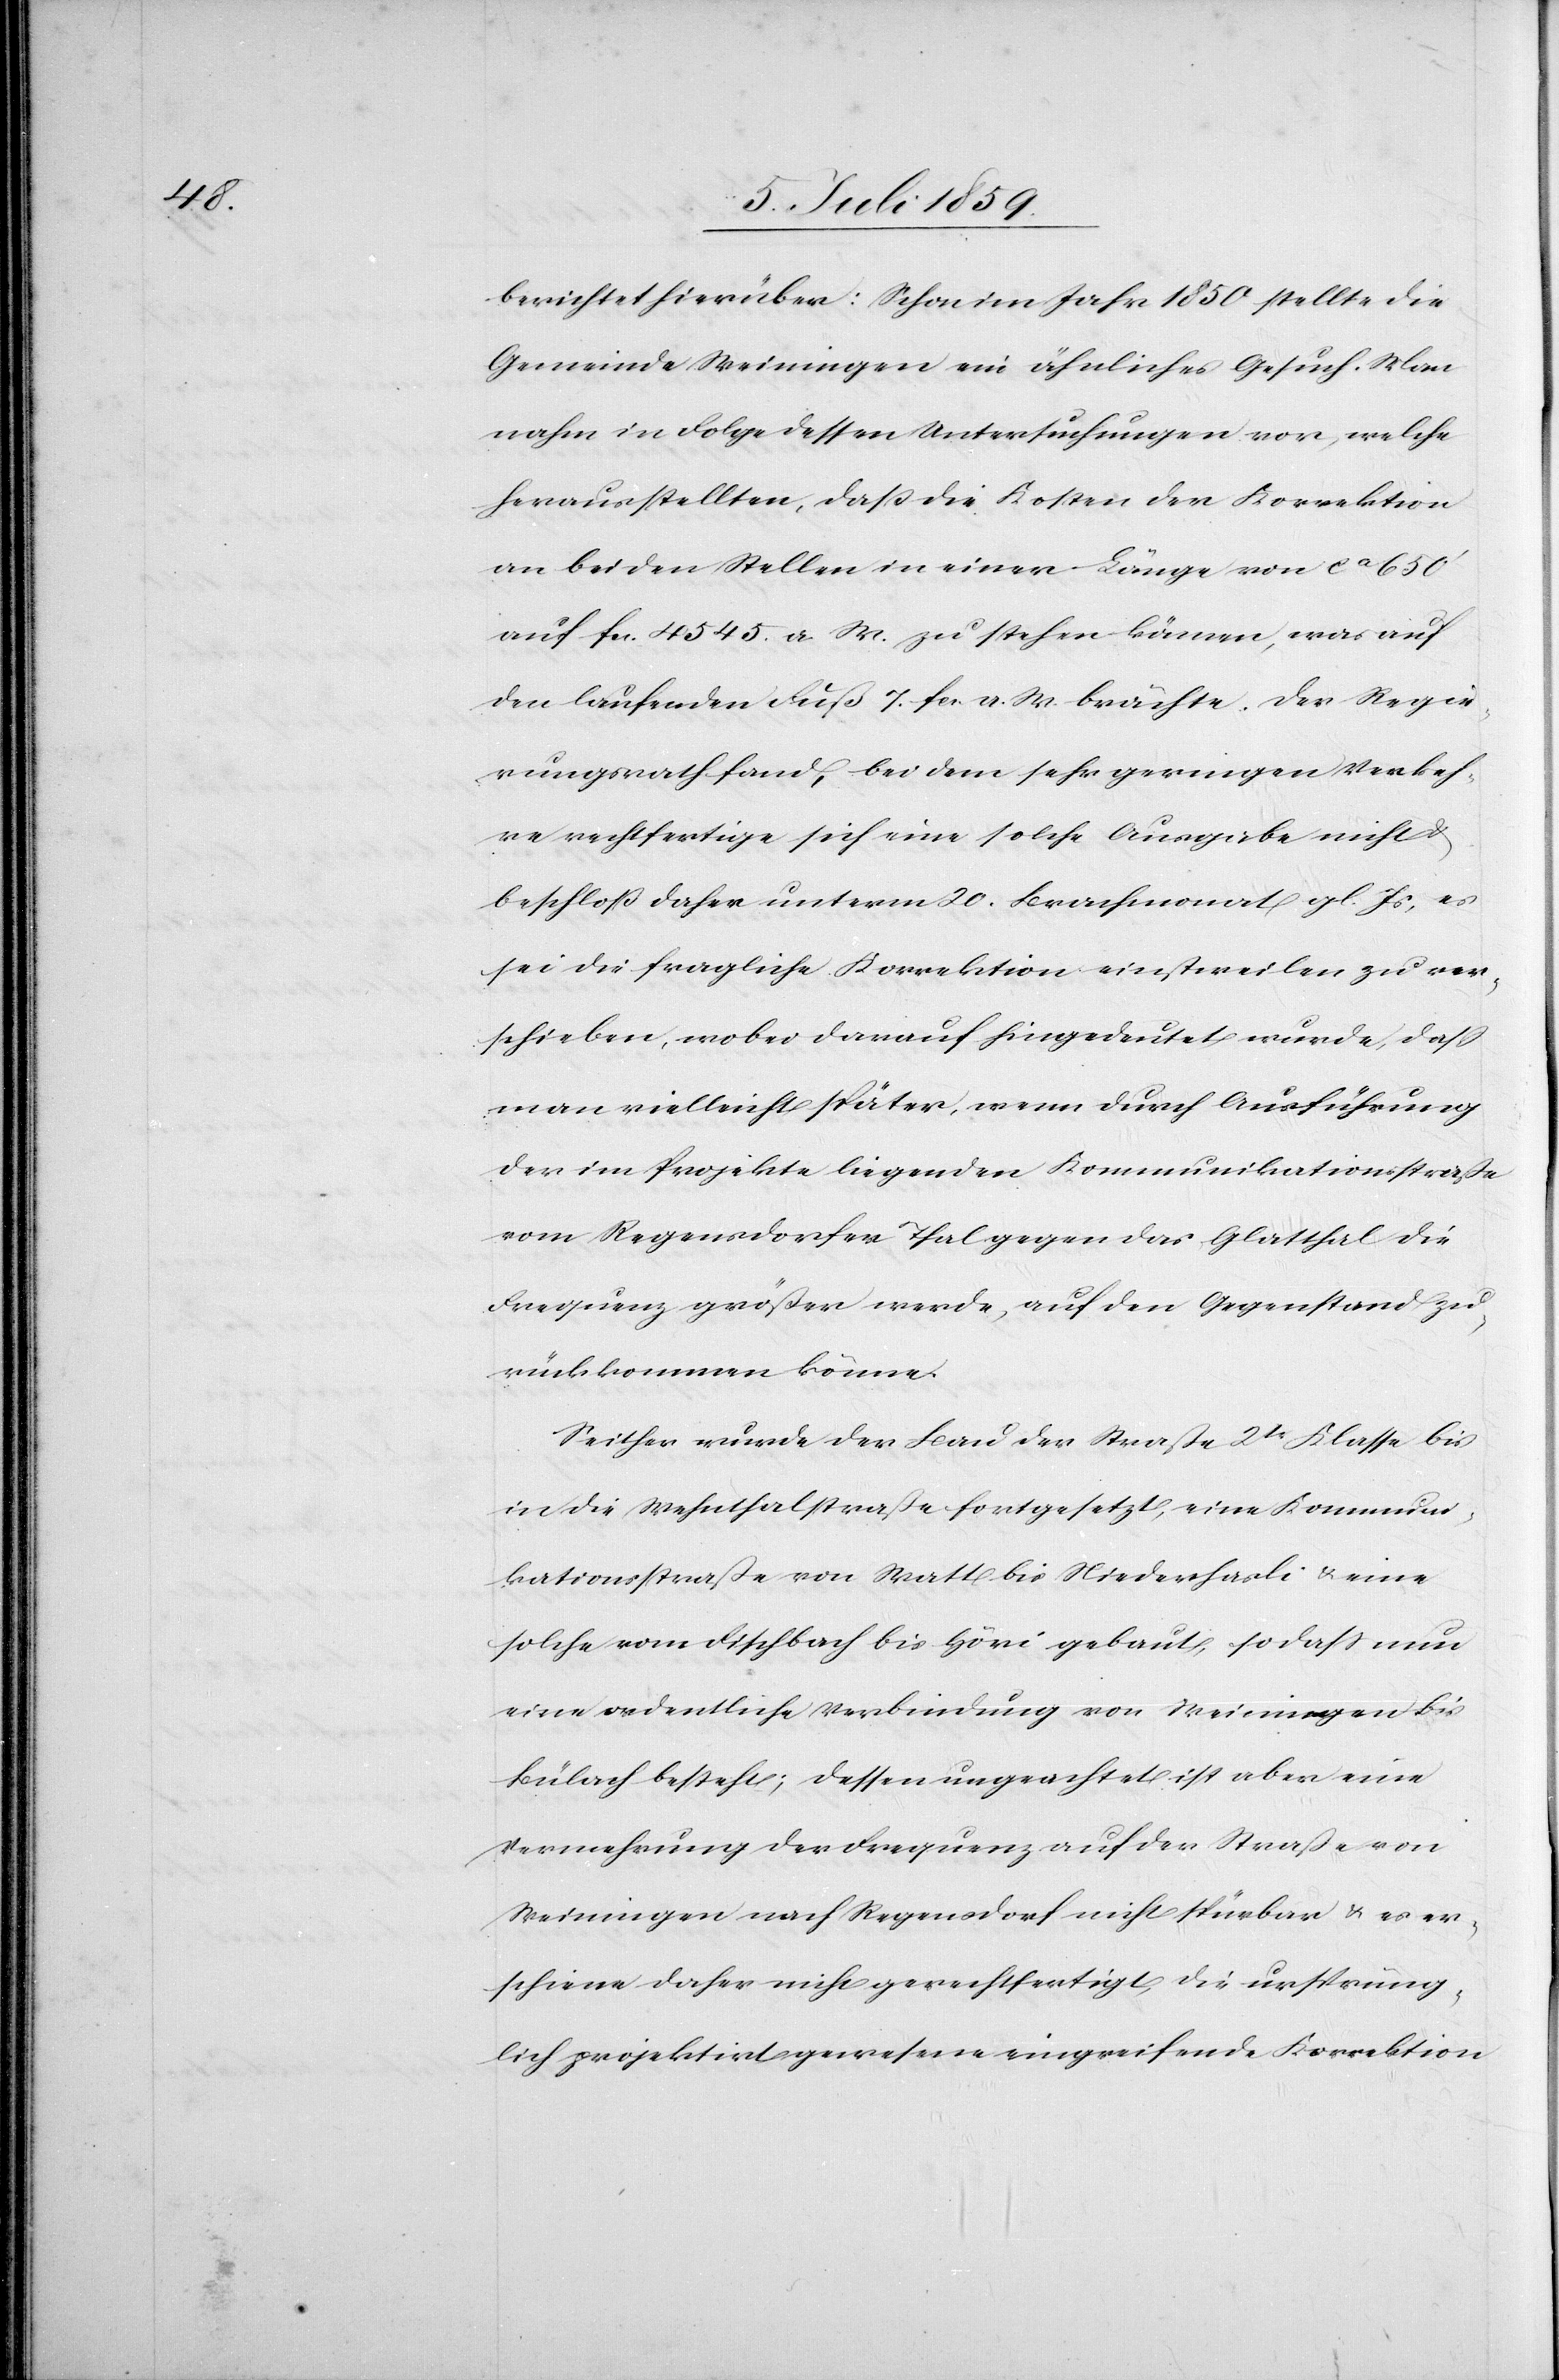
berichtet hierüber: Schon im Jahr 1850 stellte die
Gemeinde Weiningen ein ähnliches Gesuch. Man
nahm in Folge dessen Untersuchungen vor, welche
herausstellten, daß die Kosten der Korrektion
an beiden Stellen in einer Länge von ca. 650’
auf fcs. 4545. a W. zu stehen kämen, was auf
den laufenden Fuß 7. fcs. a. W. brächte. Der Regie¬
rungsrath fand, bei dem sehr geringen Verkeh¬
re rechtfertige sich eine solche Ausgabe nicht u.
beschloß daher unterm 20. Brachmonat gl. Js, es
sei die fragliche Korrektion einstweilen zu ver¬
schieben, wobei darauf hingedeutet wurde, daß
man vielleicht später, wenn durch Ausführung
der im Projekte liegenden Kommunikationsstraße
vom Regensdorfer Thal gegen das Glatthal die
Frequenz größer werde, auf den Gegenstand zu¬
rückkommen könne.
Seither wurde der Bau der Straße 2tr. Klasse bis
in die Wehntalstraße fortgesetzt, eine Kommuni¬
kationsstraße von Matt bis Niederhasli u. eine
solche vom Fischbach bis Höri gebaut, so daß nun
eine ordentliche Verbindung von Weiningen bis
Bülach besteht; dessen ungeachtet ist aber eine
Vermehrung der Frequenz auf der Straße von
Weiningen nach Regensdorf nicht spürbar u. es er¬
scheine daher nicht gerechtfertigt, die ursprüng¬
lich projektirt gewesene eingreifende Korrektion